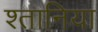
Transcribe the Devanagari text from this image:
श्तानिया